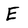
Character: E